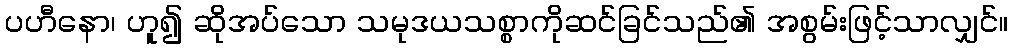
ပဟီနော၊ ဟူ၍ ဆိုအပ်သော သမုဒယသစ္စာကိုဆင်ခြင်သည်၏ အစွမ်းဖြင့်သာလျှင်။